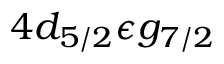
4 d _ { 5 / 2 } \epsilon g _ { 7 / 2 }